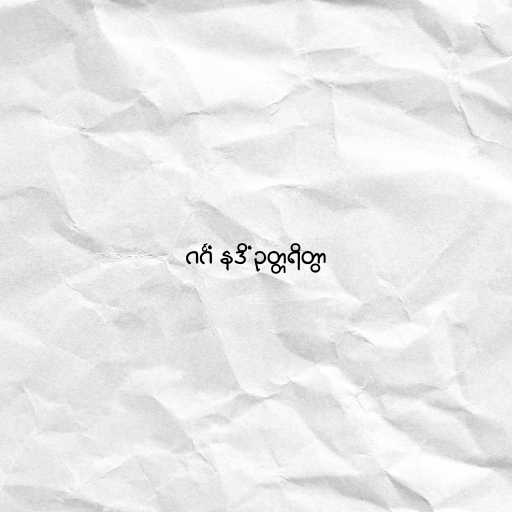
ဂင်္ဂံ နဒိံ ဥတ္တရိတွာ